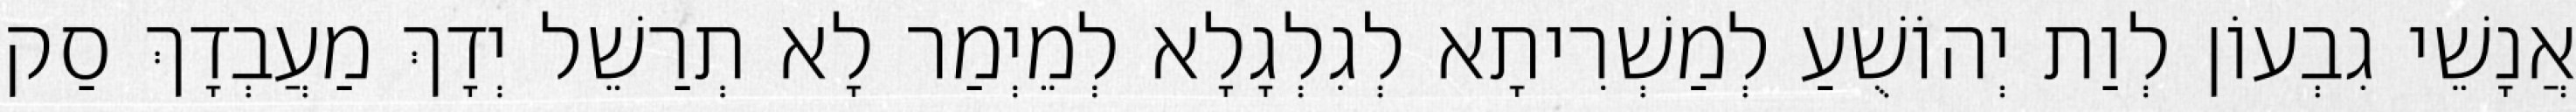
אֲנָשֵׁי גִבְעוֹן לְוַת יְהוֹשֻׁעַ לְמַשְׁרִיתָא לְגִלְגָלָא לְמֵיְמַר לָא תְרַשֵׁל יְדָךְ מַעֲבְדָךְ סַק